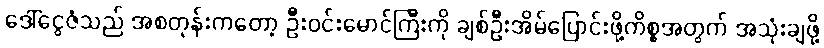
ဒေါ်ငွေဇံသည် အစတုန်းကတော့ ဦးဝင်းမောင်ကြီးကို ချစ်ဦးအိမ်ပြောင်းဖို့ကိစ္စအတွက် အသုံးချဖို့